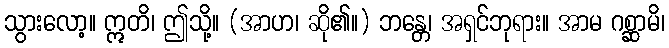
သွားလော့။ ဣတိ၊ ဤသို့။ (အာဟ၊ ဆို၏။) ဘန္တေ၊ အရှင်ဘုရား။ အာမ ဂစ္ဆာမိ၊